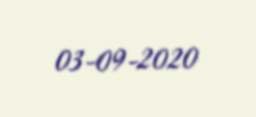
03-09-2020